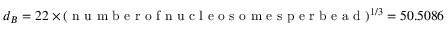
d _ { B } = 2 2 \times ( \mathrm { ~ n ~ u ~ m ~ b ~ e ~ r ~ o ~ f ~ n ~ u ~ c ~ l ~ e ~ o ~ s ~ o ~ m ~ e ~ s ~ p ~ e ~ r ~ b ~ e ~ a ~ d ~ } ) ^ { 1 / 3 } = 5 0 . 5 0 8 6